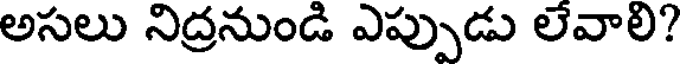
అసలు నిద్రనుండి ఎప్పుడు లేవాలి?